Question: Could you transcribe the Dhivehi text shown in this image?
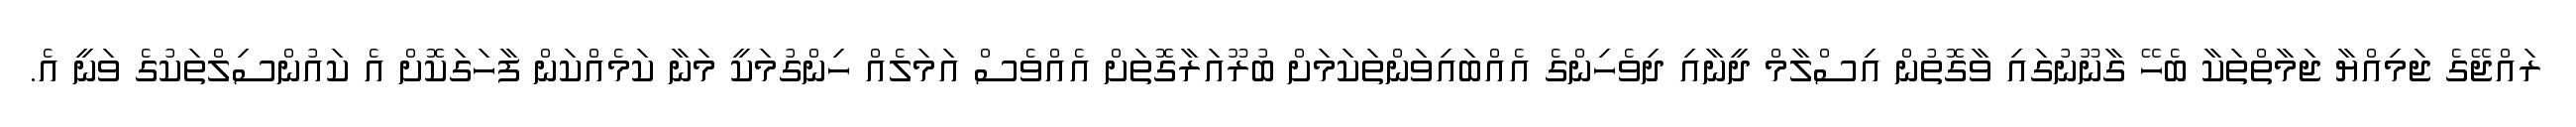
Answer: ރައްޖޭގެ ޖަމިއްޔާ ޖަމާތްތަކާ ބެހޭ ގާނޫނުގައި ވާގޮތުން އިސްލާމް ދީނާއި ދިވެހިންގެ އެއްބައިވަންތަކަމަށް ބުރޫއަރާގޮތަށް އެއްވެސް އަމަލެއް ހިންގުމަކީ މަނާ ކަމެއްކަން ފާހަގަކޮށް އެ ކައުންސިލްތަކުގެ ވަނީ އެ.